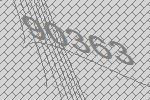
90363